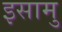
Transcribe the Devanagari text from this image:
इसामु